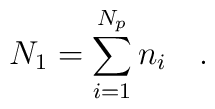
N_1 = \sum\limits_{i=1}^{N_p} n_i \quad .